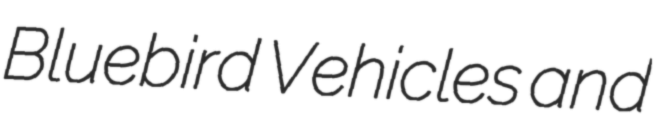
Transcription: Bluebird Vehicles and